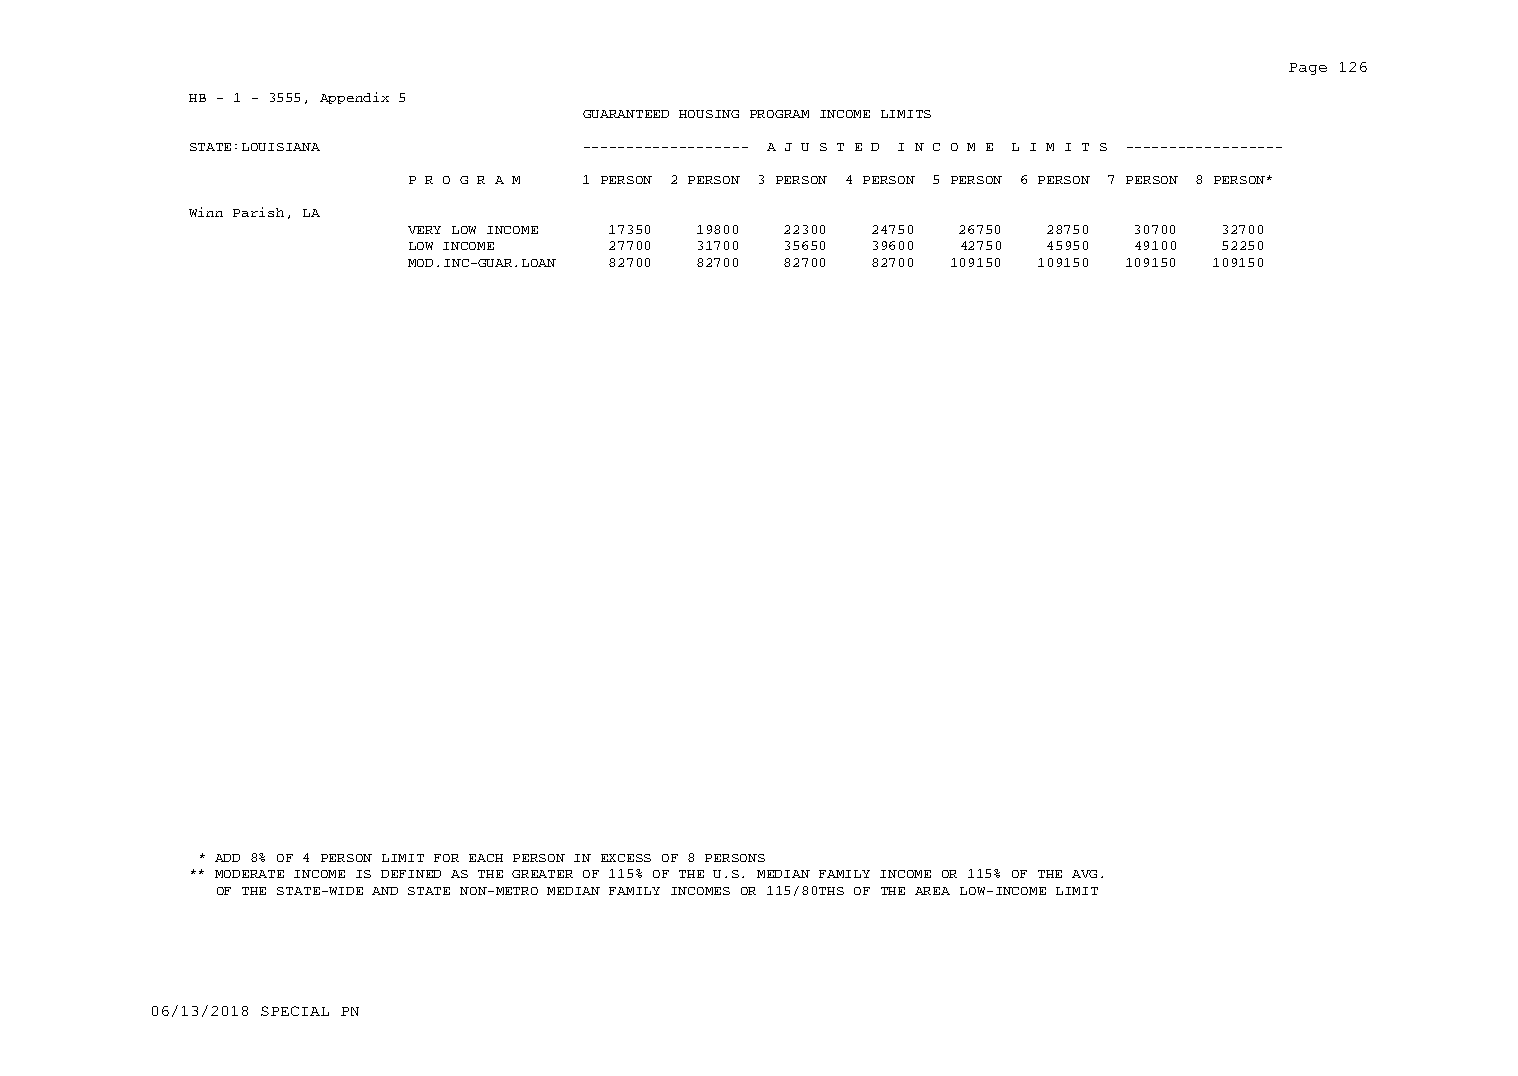
Page 126
 HB - 1 - 3555, Appendix 5
 GUARANTEED HOUSING PROGRAM INCOME LIMITS
 STATE:LOUISIANA           ------------------- A J U S T E D I N C O M E L I M I T S ------------------
 P R O G R A M 1 PERSON 2 PERSON 3 PERSON 4 PERSON 5 PERSON 6 PERSON 7 PERSON 8 PERSON*
 Winn Parish, LA
 VERY LOW INCOME 17350 19800 22300 24750 26750 28750 30700 32700
 LOW INCOME    27700 31700 35650 39600 42750 45950 49100 52250
 MOD.INC-GUAR.LOAN 82700 82700 82700 82700 109150 109150 109150 109150
 * ADD 8% OF 4 PERSON LIMIT FOR EACH PERSON IN EXCESS OF 8 PERSONS
 ** MODERATE INCOME IS DEFINED AS THE GREATER OF 115% OF THE U.S. MEDIAN FAMILY INCOME OR 115% OF THE AVG.
 OF THE STATE-WIDE AND STATE NON-METRO MEDIAN FAMILY INCOMES OR 115/80THS OF THE AREA LOW-INCOME LIMIT
 06/13/2018 SPECIAL PN